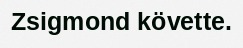
Zsigmond követte.